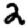
Digit: 2